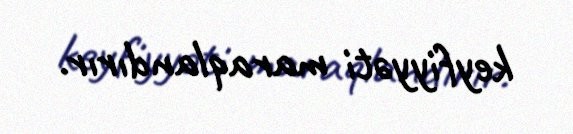
keyfiyyəti maraqlandırır.